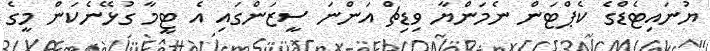
ޔުނައިޓެޑްގެ ކެޕްޓަން ނެމަންޔާ ވިޑިޗް އަންނަ ސީޒަންގައި އެ ޓީމާ ގުޅޭނެކަން މީގެ